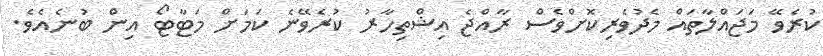
ކުރެވޭ މަޖައްލާތައް މެދުވެރިކޮށްވެސް ރާއްޖެ އިޝްތިހާރު ކުރެވޭނެ ކަމަށް މަޓާޓޯ އިން ބުނެއެވެ.